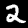
Digit: 2